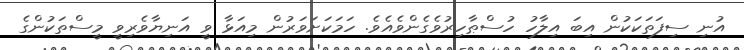
އުނި ސިފަތަކަކުން އިބަ އިލާހު ހުސްޠާހިރުވެގެންވެއެވެ. ހަމަކަށަވަރުން މިއަޅާ ވީ އަނިޔާވެރިވީ މީސްތަކުންގެ